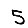
Digit: 5